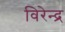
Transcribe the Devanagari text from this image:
विरेन्‍द्र